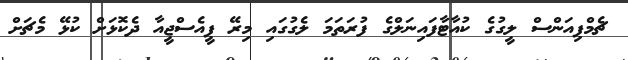
ޗެމްޕިއަންސް ލީގުގެ ކުއާޓާފައިނަލްގެ ފުރަތަމަ ލެގުގައި މިރޭ ޕީއެސްޖީއާ ދެކޮޅަށް ކުޅޭ މެޗަށް